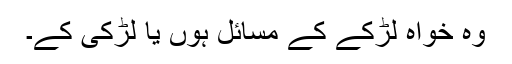
وہ خواہ لڑکے کے مسائل ہوں یا لڑکی کے۔